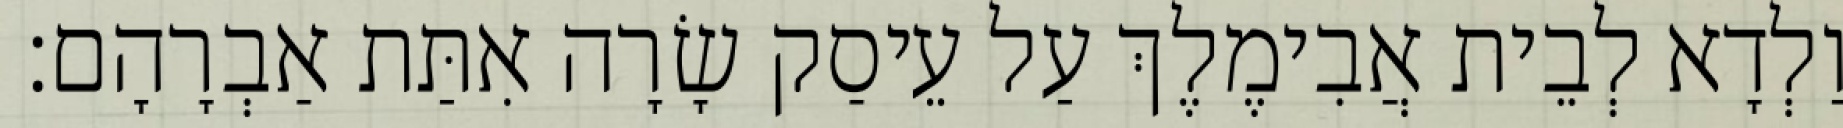
וַלְדָא לְבֵית אֲבִימֶלֶךְ עַל עֵיסַק שָׂרָה אִתַּת אַבְרָהָם׃